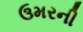
ઉમરની